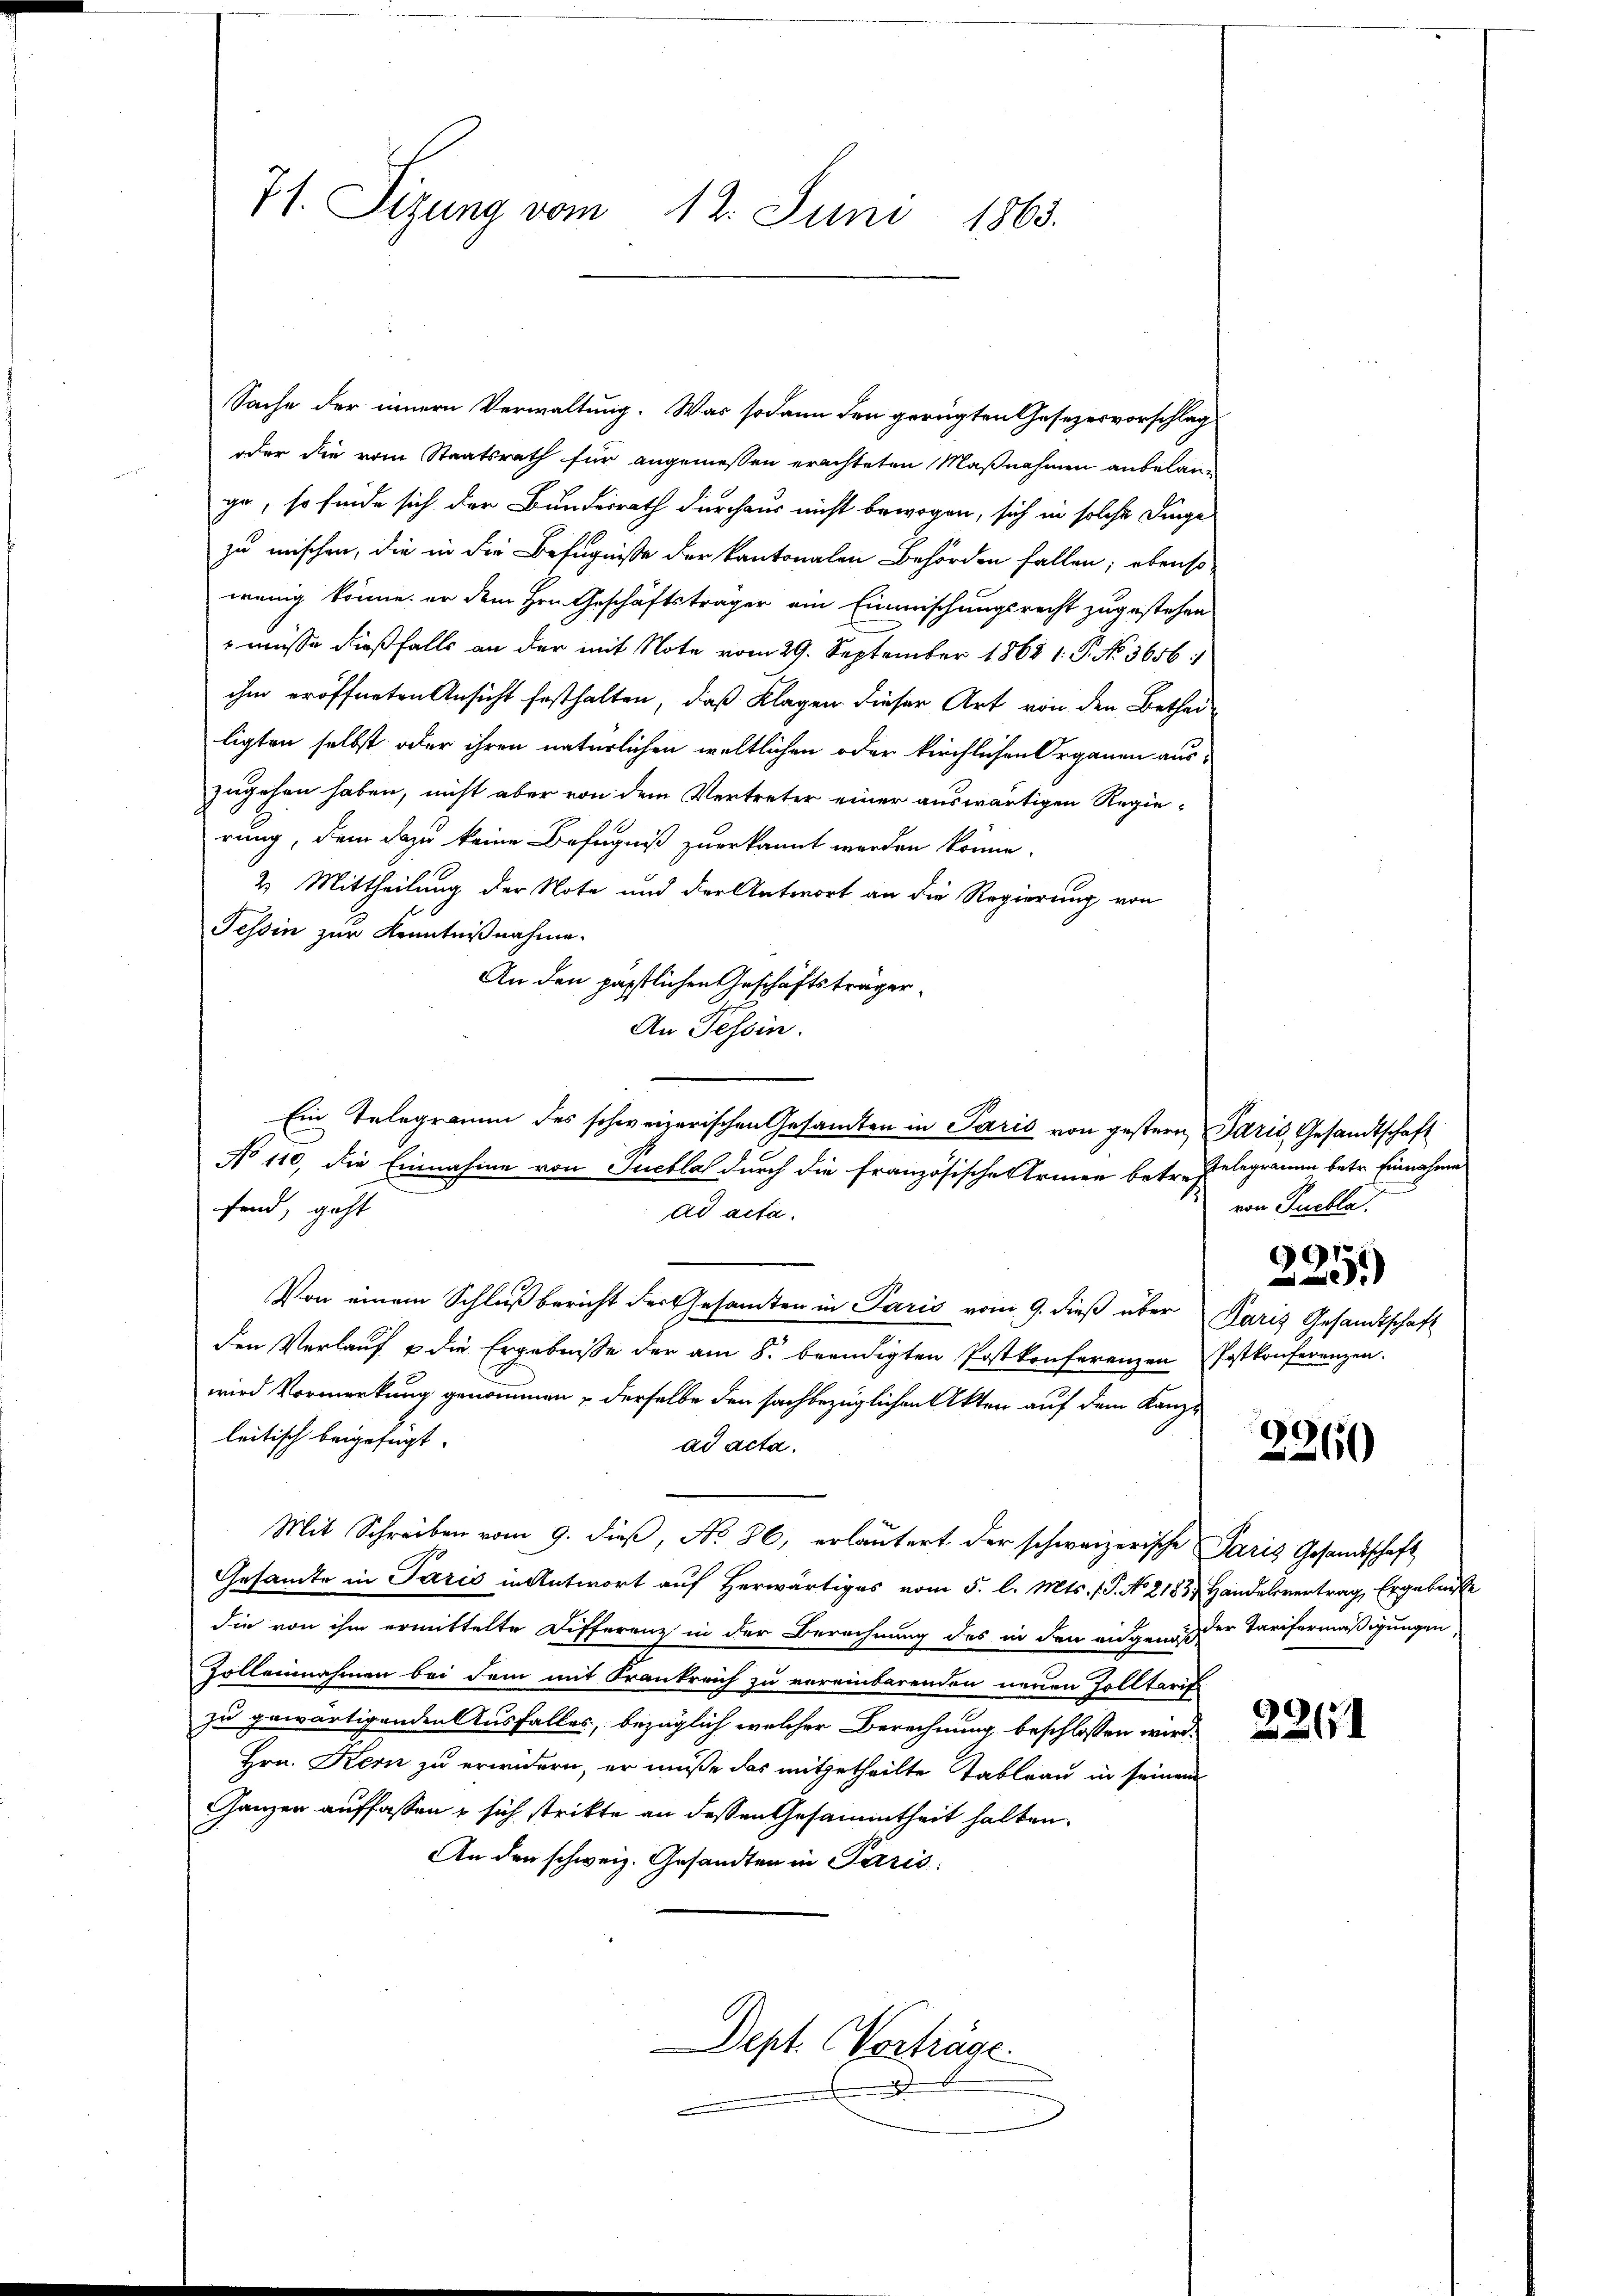
71. Sizung vom 12. Juni 1863.

Sache der innern Verwaltung. Was sodann den gerügten Gesezesvorschlag
oder die vom Staatsrath für angemessen erachteten Maßnahmen anbelang
ge, so finde sich der Bundesrath durchaus nicht bewogen, sich in solche Dinge
zu mischen, die in die Befugnisse der kantonalen Behörden fallen; ebenso
wenig könne, er dem Hrn. Geschäftsträger ein Einmischungsrecht zugestehen
 müsse dießfalls an der mit Note vom 29. September 1868 1. P. No 3656:
ihm eröffneten Ansicht festhalten, daß Klagen dieser Art von den Bethei-
ligten selbst oder ihren natürlichen weltlichen oder kirchlichen Organen aus-
zugehen haben, nicht aber von dem Vertreter einer auswärtigen Regierung, dem dazu keine Befugniß zuerkannt werden könne.
2. Mittheilung der Note und der Antwort an die Regierung von
Tessin zur Kenntnißnahme.
An den päpstlichen Geschäftsträger¬
An Tessin.
sind, geht
ad acta.
Von einem Schlußbericht der Gesamten in Paris vom 9. dieß über Paris Gesandtschaft
den Verlauf u. die Ergebnisse der am 8. beendigten Postkonferenzen Postkonferenzen.
wird Vormerkung genommen – derselbe den sachbezüglichen Akten auf dem Kanz-
leitisch beigefügt.
ad acta.
Mit Schreiben vom 9. dieβ, No. 86, erläutert der schweizerische Paris Gesandtschaft
Gesamte in Paris in Antwort auf herwärtiges vom 5. l. Mts. (T. No 2183) Handelsvertrag, Ergebnisse
die von ihm ermittelte Differenz in der Berechnung des in den angenoßer Tarifermäßigungen
Zolleinahmen bei dem mit Frankreich zu vereinbarenden neuen Zolltarif
zu gewärtigenden Ausfalles, bezüglich welcher Berechnung beschlossen wird.
Hrn. Kern zu erwidern, er müße das mitgetheilte Tableau in seinem
Ganzen auffassen & sich strikte an dessen Gesammtheit halten.
An den schweiz. Gesandter in Paris,

Ein Telegramm des schweizerischen Gesandten in Paris von gestern Paris Gesandtschaft
No 110, die Einnahme von Puchlal durch die französische Armen betr. Gelegramm betr. Einnahme

Dept. Vorträge.

von Puelle.
661.
20

2360

2261